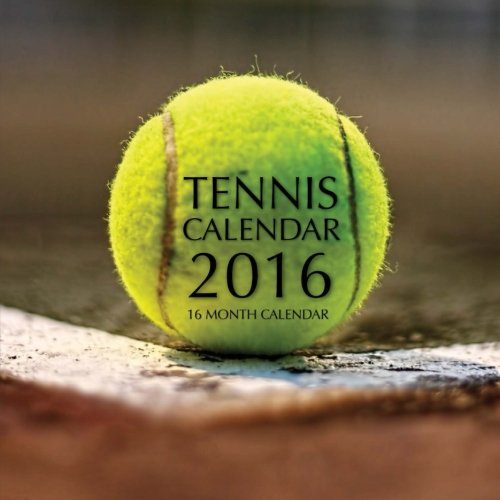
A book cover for Tennis Calendar 2016: 16 Month Calendar; Jack Smith; Calendars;